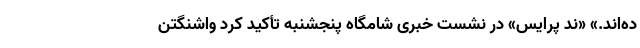
ده‌اند.» «ند پرایس» در نشست خبری شامگاه پنجشنبه تأکید کرد واشنگتن